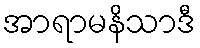
အာရာမနိသာဒီ